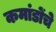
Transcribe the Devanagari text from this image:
कमांडोंचे